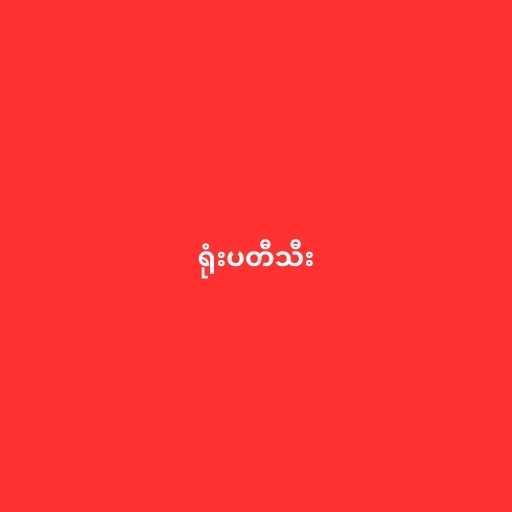
ရုံးပတီသီး